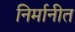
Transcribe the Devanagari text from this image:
निर्मानीत